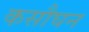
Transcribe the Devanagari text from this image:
कसौघन